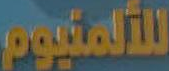
للألمنيوم